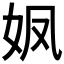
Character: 𮰻